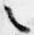
之